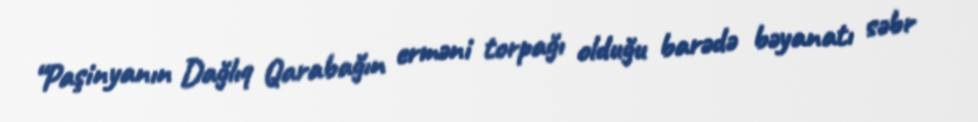
“Paşinyanın Dağlıq Qarabağın erməni torpağı olduğu barədə bəyanatı səbr